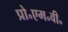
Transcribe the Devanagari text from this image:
प्रो॰एम॰वी॰